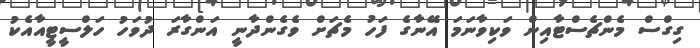
ގިގްސް މެންޗެސްޓާއިން ވަކިވާނަމަ އޭނާގެ ފަހު މެޗަށް ވެގެންދާނީ އަންގާރަ ދުވަހު ހަލްސީޓީއާއެކު